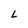
Character: L